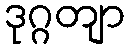
ဒုဂ္ဂတျာ